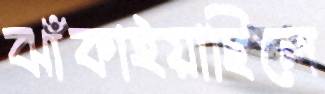
ঝাঁকাইয়াছিলে